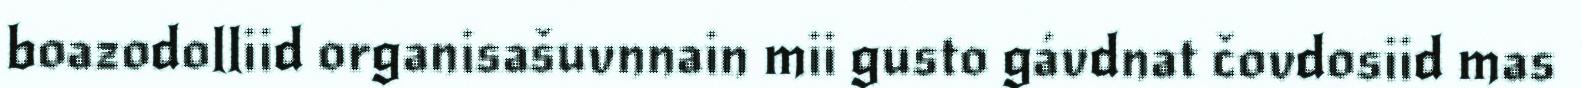
boazodolliid organisašuvnnain mii gusto gávdnat čovdosiid mas